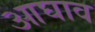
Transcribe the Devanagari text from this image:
आघाव